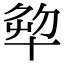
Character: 𠦨